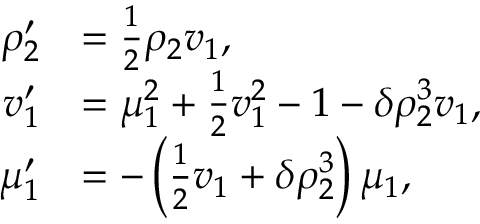
\begin{array} { r l } { \rho _ { 2 } ^ { \prime } } & { = \frac 1 2 \rho _ { 2 } v _ { 1 } , } \\ { v _ { 1 } ^ { \prime } } & { = \mu _ { 1 } ^ { 2 } + \frac 1 2 v _ { 1 } ^ { 2 } - 1 - \delta \rho _ { 2 } ^ { 3 } v _ { 1 } , } \\ { \mu _ { 1 } ^ { \prime } } & { = - \left( \frac 1 2 v _ { 1 } + \delta \rho _ { 2 } ^ { 3 } \right) \mu _ { 1 } , } \end{array}